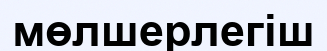
мөлшерлегіш